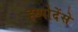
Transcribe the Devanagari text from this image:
ह्य्पोदेंसे